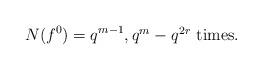
LaTeX: \begin{align*}N(f^0)=q^{m-1}, \mbox{$q^m-q^{2r}$ times.}\end{align*}